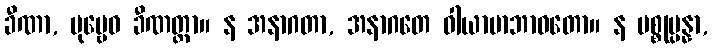
ခီဏာ, ပုဗ္ဗေဝ ခီဏတ္တာ။ န အနာဂတာ, အနာဂတေ ဝါယာမာဘာဝတော။ န ပစ္စုပ္ပန္နာ,